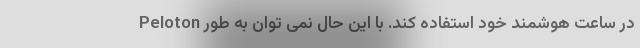
Peloton در ساعت هوشمند خود استفاده کند. با این حال نمی توان به طور